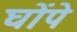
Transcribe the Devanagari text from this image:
घोंपे